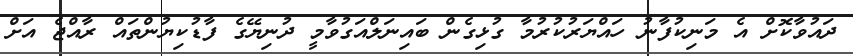
ދައުވާކޮށް އެ މަނިކުފާނު ހައްޔަރުކުރުމާ ގުޅިގެން ބައިނަލްއަގުވާމީ ދުނިޔޭގެ ފާޑުކިޔުންތައް ރާއްޖެ އަށް